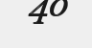
40